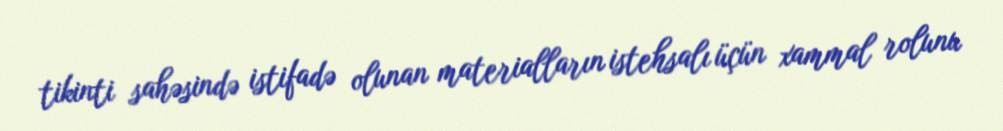
tikinti sahəsində istifadə olunan materialların istehsalı üçün xammal rolunu